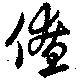
僚